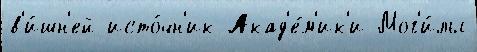
в'и́шн'ей исто́чн'ик Акад'е́м'ик'и Мог'и́лы